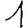
Digit: 1